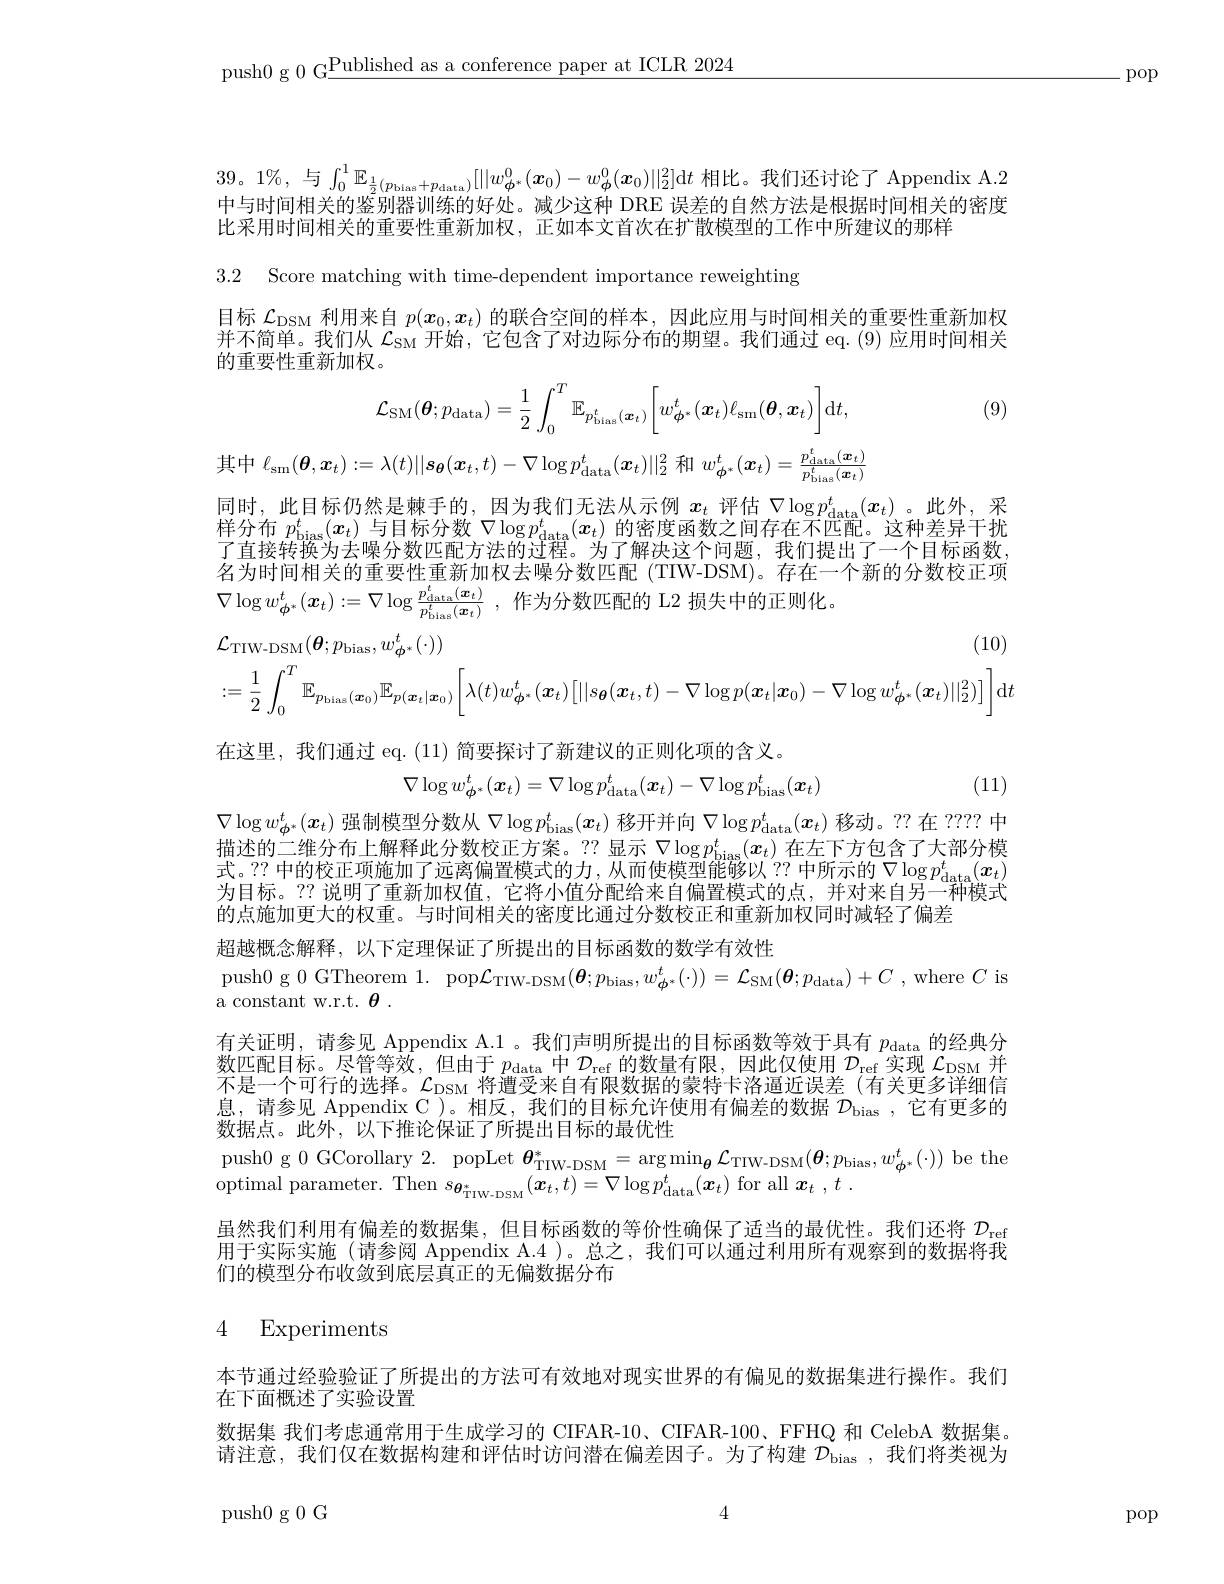
push0 g 0 G$\underline\text{Published as a conference paper at ICLR 2024}$

-pop

39。1%, 与$\int_0^1\mathbb{E}_\frac12(p_{\mathrm{blas}}+p_{\mathrm{data}})[||w_{\boldsymbol{\phi}^*}^0(\boldsymbol{x}_0)-w_{\boldsymbol{\phi}}^0(\boldsymbol{x}_0)||_2^2]$d$t$ 相比。我们还讨论了 Appendix A.2中与时间相关的鉴别器训练的好处。减少这种 DRE 误差的自然方法是根据时间相关的密度比采用时间相关的重要性重新加权，正如本文首次在扩散模型的工作中所建议的那样

3.2 Score matching with time-dependent importance reweighting

目标$\mathcal{L}_\text{DSM 利用来自 }p(x_0,x_t)$的联合空间的样本 ,因此应用与时间相关的重要性重新加权并不简单。我们从$\mathcal{L}_\mathrm{SM}$开始，它包含了对边际分布的期望。我们通过 eq.(9)应用时间相关的重要性重新加权。

(9)
$$\mathcal{L}_{\mathrm{SM}}(\boldsymbol{\theta};p_{\mathrm{data}})=\frac{1}{2}\int_{0}^{T}\mathbb{E}_{p_{\mathrm{bias}}^{t}(\boldsymbol{x}_{t})}\bigg[w_{\boldsymbol{\phi}^{*}}^{t}(\boldsymbol{x}_{t})\ell_{\mathrm{sm}}(\boldsymbol{\theta},\boldsymbol{x}_{t})\bigg]\mathrm{d}t,$$
$$\ell_{\mathrm{sm}}(\boldsymbol{\theta},\boldsymbol{x}_{t}):=\lambda(t)||\boldsymbol{s}_{\boldsymbol{\theta}}(\boldsymbol{x}_{t},t)-\nabla\log p_{\mathrm{data}}^{t}(\boldsymbol{x}_{t})||_{2}^{2}\text{ 和 }w_{\boldsymbol{\phi}^{*}}^{t}(\boldsymbol{x}_{t})=\frac{p_{\mathrm{data}}^{t}(\boldsymbol{x}_{t})}{p_{\mathrm{blas}}^{t}(\boldsymbol{x}_{t})}$$
同时，此目标仍然是棘手的，因为我们无法从示例$x_t$评估$\nabla\log p_\mathrm{data}^t(\boldsymbol{x}_t)$ 。此外，采样 分 布 $p_{\mathrm{bias}}^t( x_t)$ 与 目 标 分 数 $\nabla \log p_{\mathrm{data}}^t( x_t)$ 的 密 度 函 数 之 间 存 在 不 匹 配 。这 种 差 异 干 扰 マ ナ 岭 女 物 为 十 四 八 半 边 形 式 中 出 出 行 い フ 知 山 之 间 , 又 知 边 流 人 问 题 。们 们 知 地 址 了了直接转换为去噪分数匹配方法的过程。为了解决这个问题，我们提出了一个目标函数名为时间相关的重要性重新加权去噪分数匹配(TIW-DSM)。存在一个新的分数校正项$\nabla \log w_{\phi ^* }^t( \boldsymbol{x}_t) : = \nabla \log \frac {p_{\mathrm{data}}^t( \boldsymbol{x}_t) }{p_{\mathrm{bias}}^t( \boldsymbol{x}_t) }$ ,作为分数匹配的 L2 损失中的正则化。
$$\mathcal{L}_{\mathrm{TIW-DSM}}(\boldsymbol{\theta};p_{\mathrm{bias}},w_{\boldsymbol{\phi}^{*}}^{t}(\cdot))(10)\\:=\frac{1}{2}\int_{0}^{T}\mathbb{E}_{p_{\mathrm{blas}}(\boldsymbol{x}_{0})}\mathbb{E}_{p(\boldsymbol{x}_{t}|\boldsymbol{x}_{0})}\Big[\lambda(t)w_{\boldsymbol{\phi}^{*}}^{t}(\boldsymbol{x}_{t})\Big[||s_{\boldsymbol{\theta}}(\boldsymbol{x}_{t},t)-\nabla\log p(\boldsymbol{x}_{t}|\boldsymbol{x}_{0})-\nabla\log w_{\boldsymbol{\phi}^{*}}^{t}(\boldsymbol{x}_{t})||_{2}^{2})\Big]\Big]\mathrm{d}t$$
在这里，我们通过 eq. (11) 简要探讨了新建议的正则化项的含义。
$$\nabla\log w_{\phi^{*}}^{t}(\boldsymbol{x}_{t})=\nabla\log p_{\mathrm{data}}^{t}(\boldsymbol{x}_{t})-\nabla\log p_{\mathrm{bias}}^{t}(\boldsymbol{x}_{t})$$
(11)

$\nabla\log w_{\phi^*}^t(\boldsymbol{x}_t)$强制模型分数从$\nabla\log p_\mathrm{bias}^t(\boldsymbol{x}_t)$移开并向$\nabla\log p_\mathrm{data}^t(\boldsymbol{x}_t)$移动。??在 ??? 中描述的二维分布上解释此分数校正方案。?? 显示$\nabla\log p_\mathrm{bias}^t(x_t)$在左下方包含了大部分模式。?? 中的校正项施加了远离偏置模式的力，从而使模型能够以？?中所示的$\nabla\log p_{\mathrm{data}}^t(\boldsymbol{x}_t)$ 为目标。?? 说明了重新加权值，它将小值分配给来自偏置模式的点，并对来自另一种模式的点施加更大的权重。与时间相关的密度比通过分数校正和重新加权同时减轻了偏差
超越概念解释，以下定理保证了所提出的目标函数的数学有效性
push0 g 0 GTheorem 1. pop$\mathcal{L}_\mathrm{TIW-DSM}(\boldsymbol{\theta};p_\mathrm{bias},w_{\boldsymbol{\phi}^*}^t(\cdot))=\mathcal{L}_\mathrm{SM}(\boldsymbol{\theta};p_\mathrm{data})+C$ ,where $C$ is
a constant w.r.t. $\theta.$
有关证明，请参见 Appendix A.1。我们声明所提出的目标函数等效于具有$p_\mathrm{data}$的经典分数匹配目标。尽管等效，但由于$p_\mathrm{data}$中$\mathcal{D}_\mathrm{ref}$的数量有限，因此仅使用$\mathcal{D}_\mathrm{ref}$实现$\mathcal{L}_\mathrm{DSM}$并不是一个可行的选择。$\mathcal{L}_\mathrm{DSM}$将遭受来自有限数据的蒙特卡洛逼近误差(有关更多详细信息，请参见 Appendix C )。相反，我们的目标允许使用有偏差的数据$\mathcal{D}_\mathrm{bias}$ ,它有更多的数据点。此外，以下推论保证了所提出目标的最优性
push0 g 0 GCorollary 2. popLet $\boldsymbol{\theta }_{\mathrm{TIW- DSM}}^{* }= \arg \min _{{\boldsymbol{\theta }}}\mathcal{L} _{\mathrm{TIW- DSM}}( \boldsymbol{\theta }; p_{\mathrm{bias}}, w_{\boldsymbol{\phi }^{* }}^{t}( \cdot ) )$ be the
optimal parameter. Then $s_{\boldsymbol{\theta}_{\mathrm{TIW-DSM}}^*}(\boldsymbol{x}_{t},t)=\nabla\log p_{\mathrm{data}}^{t}(\boldsymbol{x}_{t})$ for all $\boldsymbol{x}_{t},t.$
虽然我们利用有偏差的数据集，但目标函数的等价性确保了适当的最优性。我们还将$\mathcal{D}_\mathrm{ref}$ 用于实际实施(请参阅 Appendix A.4 )。总之，我们可以通过利用所有观察到的数据将我们的模型分布收敛到底层真正的无偏数据分布

## 4 Experiments

本节通过经验验证了所提出的方法可有效地对现实世界的有偏见的数据集进行操作。我们
在下面概述了实验设置
数据集 我们考虑通常用于生成学习的 CIFAR-10、CIFAR-100、FFHQ 和 CelebA 数据集。请注意，我们仅在数据构建和评估时访问潜在偏差因子。为了构建$\mathcal{D}_\mathrm{bias}$,我们将类视为

4

push0 g 0 G

pop